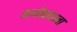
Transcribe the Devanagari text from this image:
समीक्षेचावा